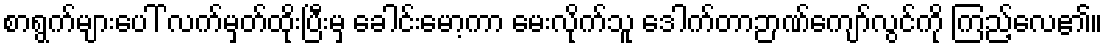
စာရွက်များပေါ် လက်မှတ်ထိုးပြီးမှ ခေါင်းမော့ကာ မေးလိုက်သူ ဒေါက်တာဉာဏ်ကျော်လွင်ကို ကြည့်လေ၏။